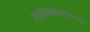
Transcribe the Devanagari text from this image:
सुबोधकान्तसहाय